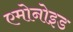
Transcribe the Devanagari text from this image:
एमोनोइड